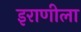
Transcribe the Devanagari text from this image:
इराणीला